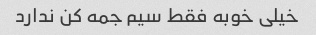
خیلی خوبه فقط سیم جمه کن ندارد